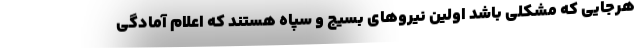
هرجایی که مشکلی باشد اولین نیروهای بسیج و سپاه هستند که اعلام آمادگی